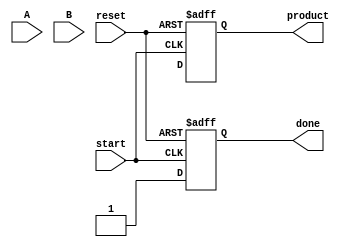
module variable_length_wallace_tree_multiplier #(
    parameter MAX_WIDTH_A = 16, // Maximum width for operand A
    parameter MAX_WIDTH_B = 16  // Maximum width for operand B
) (
    input [MAX_WIDTH_A-1:0] A,   // Operand A
    input [MAX_WIDTH_B-1:0] B,   // Operand B
    input start,                  // Control signal to start multiplication
    input reset,                 // Control signal to reset
    output reg [MAX_WIDTH_A + MAX_WIDTH_B - 1:0] product, // Final product
    output reg done              // Indicates multiplication is complete
);

    reg [MAX_WIDTH_A + MAX_WIDTH_B - 1:0] partial_products [0:MAX_WIDTH_A + MAX_WIDTH_B - 1];
    reg [MAX_WIDTH_A + MAX_WIDTH_B - 1:0] sum;
    reg [MAX_WIDTH_A + MAX_WIDTH_B - 1:0] carry;
    integer i, j;
    
    always @(posedge start or posedge reset) begin
        if (reset) begin
            product <= 0;
            done <= 0;
        end else begin
            // Step 1: Generate Partial Products
            for (i = 0; i < MAX_WIDTH_A; i = i + 1) begin
                for (j = 0; j < MAX_WIDTH_B; j = j + 1) begin
                    partial_products[i + j] = A[i] & B[j];
                end
            end
            
            // Step 2: Wallace Tree Reduction
            // Assume a simple implementation of Wallace tree reduction
            // This is a simplified version and may require optimization for real applications
            // Grouping partial products into sets of three
            for (i = 0; i < MAX_WIDTH_A + MAX_WIDTH_B; i = i + 3) begin
                sum = partial_products[i] + partial_products[i+1] + partial_products[i+2];
                carry = (partial_products[i] & partial_products[i+1]) | 
                        (partial_products[i+1] & partial_products[i+2]) | 
                        (partial_products[i] & partial_products[i+2]);
                // Store the result back in partial products
                partial_products[i/3] = sum;
                if (i + 3 < MAX_WIDTH_A + MAX_WIDTH_B) begin
                    partial_products[i/3 + 1] = carry;
                end
            end
            
            // Final Addition
            product = 0;
            for (i = 0; i < MAX_WIDTH_A + MAX_WIDTH_B; i = i + 1) begin
                product = product + partial_products[i];
            end
            
            done <= 1; // Indicate completion of multiplication
        end
    end

endmodule